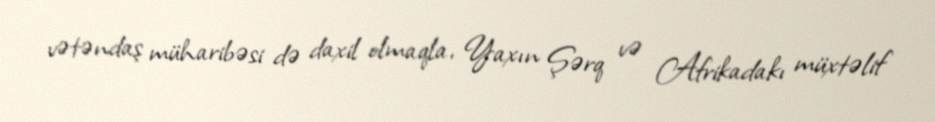
vətəndaş müharibəsi də daxil olmaqla, Yaxın Şərq və Afrikadakı müxtəlif